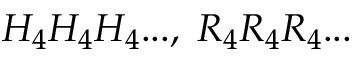
H _ { 4 } H _ { 4 } H _ { 4 } . . . , \; R _ { 4 } R _ { 4 } R _ { 4 } . . .